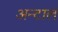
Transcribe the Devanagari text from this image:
अन्टाल